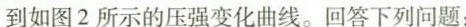
到如图2所示的压强变化曲线。回答下列问题：